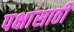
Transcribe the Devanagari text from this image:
पक्षांसाठी